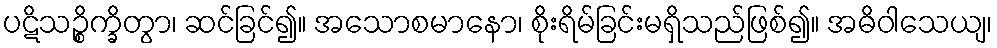
ပဋိသဉ္စိက္ခိတွာ၊ ဆင်ခြင်၍။ အသောစမာနော၊ စိုးရိမ်ခြင်းမရှိသည်ဖြစ်၍။ အဓိဝါသေယျ၊